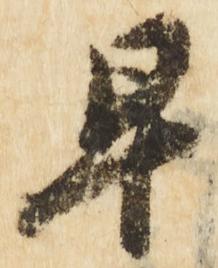
早